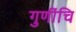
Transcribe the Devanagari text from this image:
गुणींचि